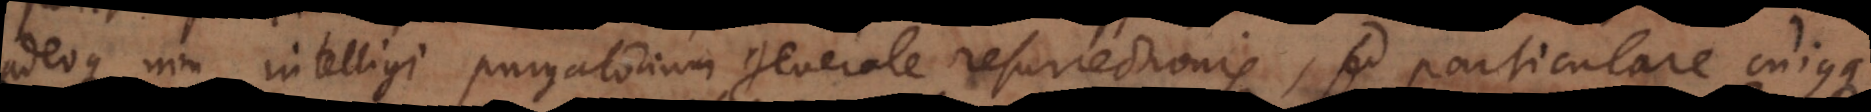
adeoque non intelligi purgatorium generale resurrectionis, sed particulare cujusque